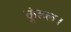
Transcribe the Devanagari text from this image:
कुंडल।